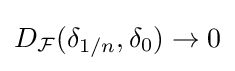
D_{\mathcal {F}}(\delta _{1/n},\delta _{0})\to 0